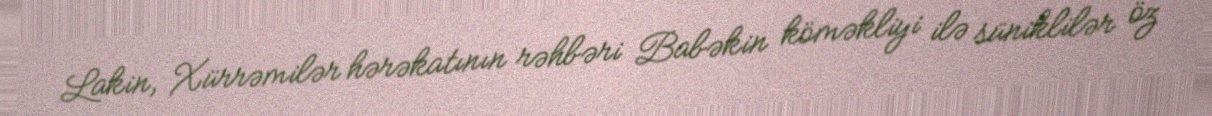
Lakin, Xürrəmilər hərəkatının rəhbəri Babəkin köməkliyi ilə süniklilər öz